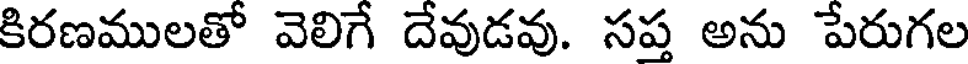
కిరణములతో వెలిగే దేవుడవు. సప్త అను పేరుగల